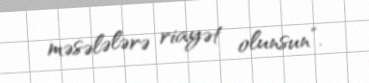
məsələlərə riayət olunsun”.